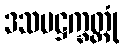
ဒသမဋ္ဌက္ခတ္တုံ